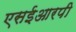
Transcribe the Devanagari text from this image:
एसईआरपी